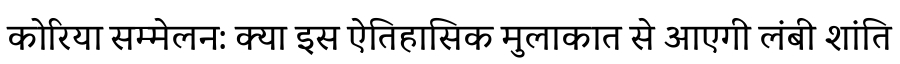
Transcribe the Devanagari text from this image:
कोरिया सम्मेलन: क्या इस ऐतिहासिक मुलाकात से आएगी लंबी शांति